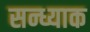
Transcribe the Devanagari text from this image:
सन्ध्याक